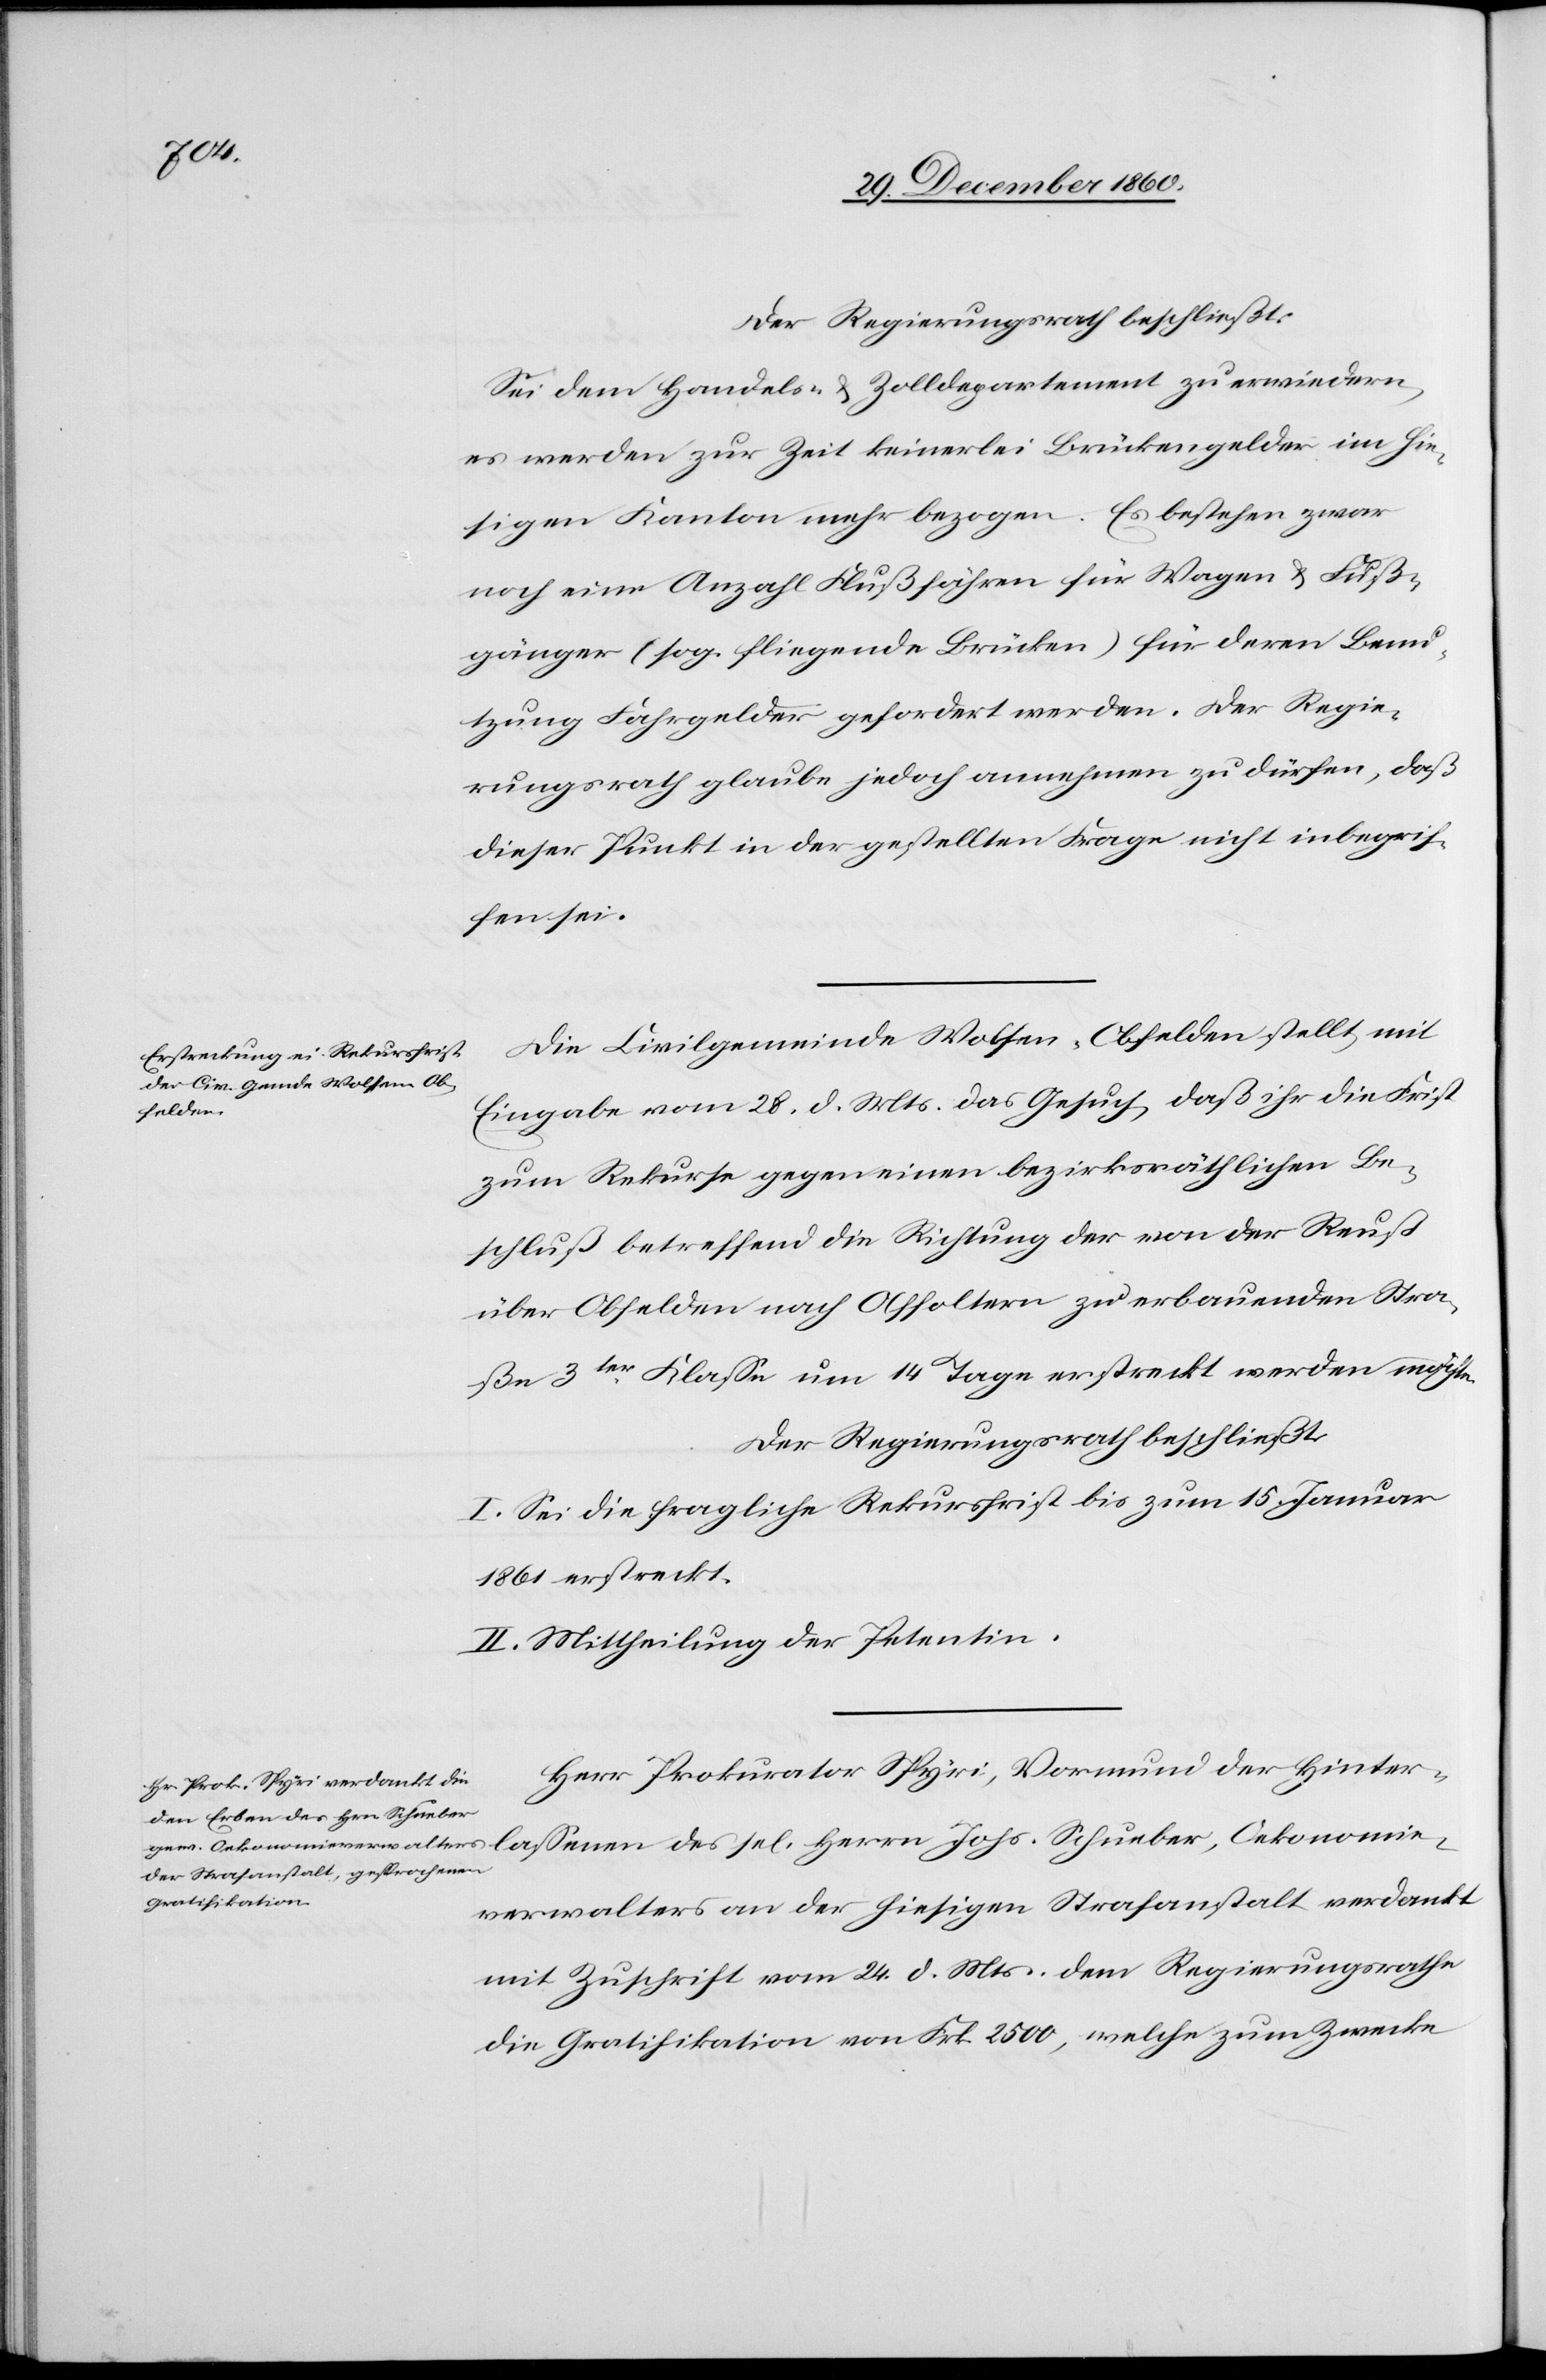
Oekonomie¬
Der Regierungsrath beschließt:
Sei dem Handels- u. Zolldepartement zu erwiedern,
es werden zur Zeit keinerlei Brückengelder im hie¬
sigen Kanton mehr bezogen. Es bestehen zwar
noch eine Anzahl Flußfähren für Wagen u. Fuß¬
gänger (sog. fliegende Brücken) für deren Benu¬
tzung Fahrgelder gefordert werden. Der Regie¬
rungsrath glaube jedoch annehmen zu dürfen, daß
dieser Punkt in der gestellten Frage nicht inbegrif¬
fen sei.
Die Civilgemeinde Wolfen-Obfelden stellt mit
Eingabe vom 28. d. Mts. das Gesuch, daß ihr die Frist
zum Rekurse gegen einen bezirksräthlichen Be¬
schluß betreffend die Richtung der von der Reuß
über Obfelden nach Affoltern zu erbauenden Stra¬
ße 3ter Klasse um 14 Tage erstreckt werden möchten.
Der Regierungsrath beschließt:
I. Sei die fragliche Rekursfrist bis zum 15. Januar
1861 erstreckt.
II. Mittheilung der Petentin.
Herr Prokurator Spyri, Vormund der Hinter¬
verwalters an der hiesigen Strafanstalt verdankt
mit Zuschrift vom 24. d. Mts. dem Regierungsrathe
die Gratifikation von Frk. 2500, welche zum Zwecke